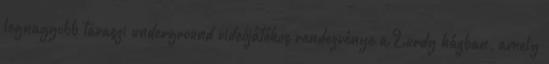
legnagyobb tavaszi underground videójátékos rendezvénye a Lurdy házban, amely